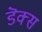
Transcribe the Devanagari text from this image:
डॆक्स